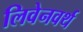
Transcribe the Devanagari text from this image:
लिवेनवर्थ